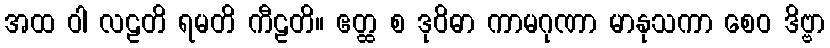
အထ ဝါ လဠတိ ရမတိ ကီဠတိ။ ဧတ္ထ စ ဒုဝိဓာ ကာမဂုဏာ မာနုသကာ စေဝ ဒိဗ္ဗာ